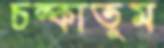
চল্‌কাতুম